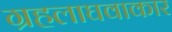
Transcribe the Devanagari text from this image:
ग्रहलाघवाकार